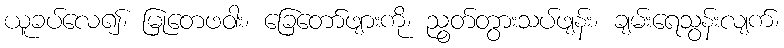
ယူခပ်လေ၍၊ မြုတေဖဝါး၊ ခြေတော်ဖျားကို၊ ညွတ်တွားသပ်ဖျန်း၊ ချမ်းရေသွန်းလျက်၊